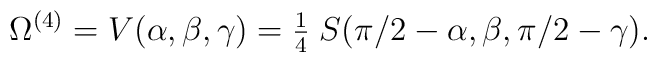
\Omega^{(4)} = V(\alpha,\beta,\gamma) ={\textstyle{1\over4}} \;S(\pi/2-\alpha,\beta,\pi/2-\gamma) .